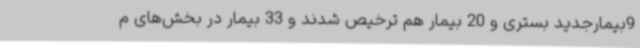
9بیمارجدید بستری و 20 بیمار هم ترخیص شدند و 33 بیمار در بخش‌های م